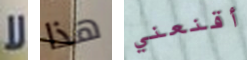
لا هذا أقنعني